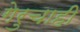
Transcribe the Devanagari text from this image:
गेरुचाही